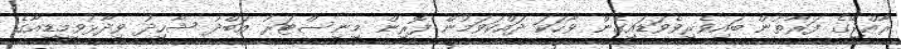
ރާއްޖޭގެ ފަރާތުން ބައިވެރިވެވަޑައިގެން ވާހަކަ ދައްކަވަމުން ފޮރިން މިނިސްޓަރު އަބްދު ޝާހިދު ވިދާޅުވީމީޑިއާގެ